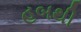
હબથી